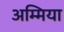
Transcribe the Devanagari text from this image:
अम्मिया